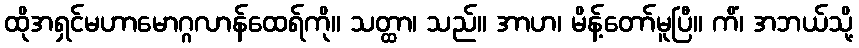
ထိုအရှင်မဟာမောဂ္ဂလာန်ထေရ်ကို။ သတ္ထာ၊ သည်။ အာဟ၊ မိန့်တော်မူပြီ။ ကိံ၊ အဘယ်သို့